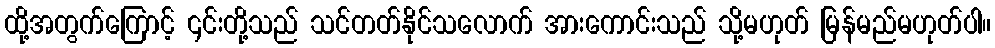
ထို့အတွက်ကြောင့် ၎င်းတို့သည် သင်တတ်နိုင်သလောက် အားကောင်းသည် သို့မဟုတ် မြန်မည်မဟုတ်ပါ။